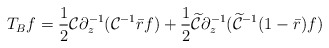
\begin{align*}T_{B}f=\frac 12 \mathcal C\partial^{-1}_{z} (\mathcal C^{-1} \bar rf)+ \frac 12 \widetilde{ \mathcal C}\partial^{-1}_{ z}(\widetilde {\mathcal C}^{-1}(1-\bar r)f)\end{align*}